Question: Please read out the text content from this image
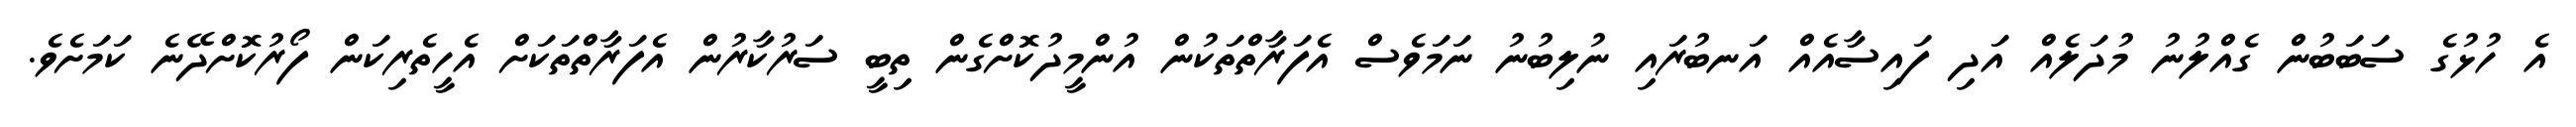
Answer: އެ ހުޅުގެ ސަބަބުން ގެއްލުނު މުދަލެއް އަދި ފައިސާއެއް އަނބުރައި ނުލިބުނު ނަމަވެސް އެފަރާތްތަކުން އުންމީދުކޮށްގެން ތިބީ ސަރުކާރުން އެފަރާތްތަކަށް އެހީތެރިކަން ފޯރުކޮށްދޭނެ ކަމަށެވެ.